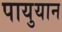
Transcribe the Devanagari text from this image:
पायुयान